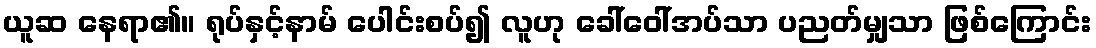
ယူဆ နေရာ၏။ ရုပ်နှင့်နာမ် ပေါင်းစပ်၍ လူဟု ခေါ်ဝေါ်အပ်သာ ပညတ်မျှသာ ဖြစ်ကြောင်း